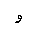
Letter: _waw